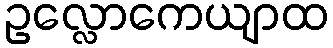
ဥလ္လောကေယျာထ